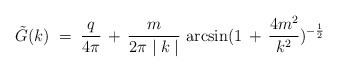
\begin{align*}{\tilde G} (k) \;=\; \frac{q}{4 \pi} \,+\, \frac{m}{2 \pi \mid k \mid}\, \arcsin (1 \, + \, \frac{4 m^2}{k^2} )^{- \frac{1}{2}}\end{align*}